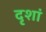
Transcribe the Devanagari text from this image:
दृशां